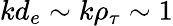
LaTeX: kd_{e}\sim k\rho_{\tau}\sim 1